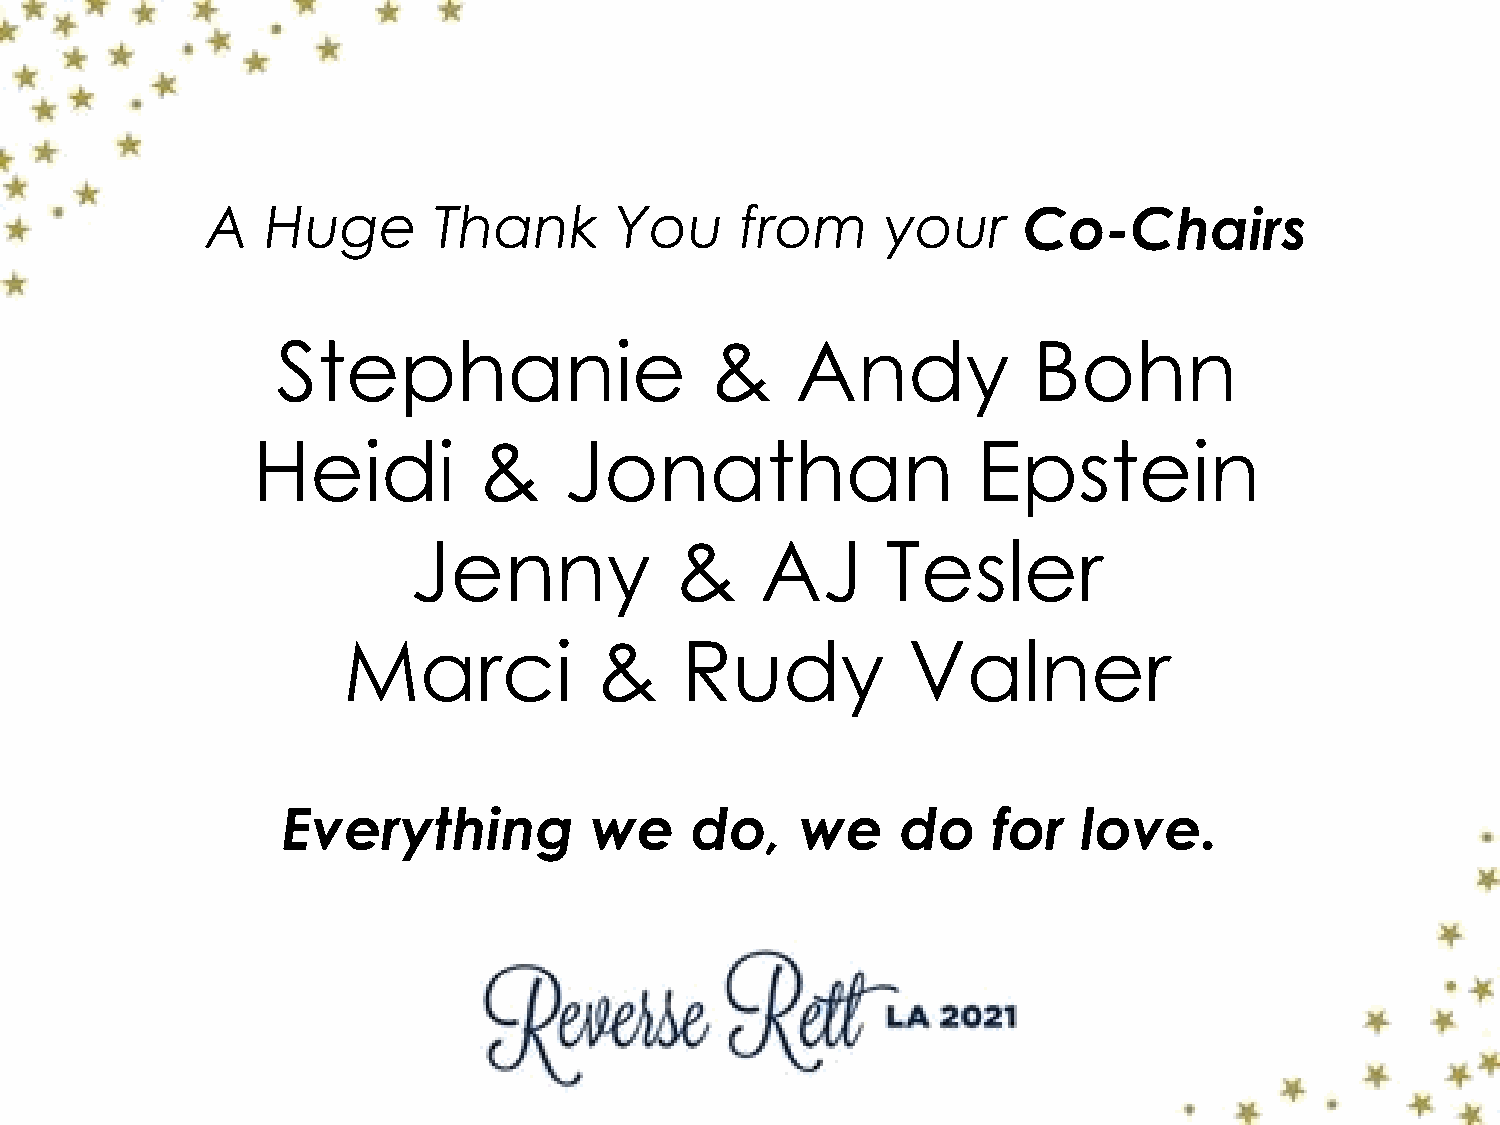
A   Huge       Thank       You     from      your     Co-Chairs
 Stephanie                    &     Andy           Bohn
 Heidi          &    Jonathan                    Epstein
 Jenny             &    AJ       Tesler
 Marci           &     Rudy           Valner
 Everything          we     do,    we     do    for   love.